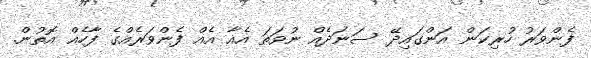
ފެންވަރު ހުރިކަން އަންގައިދޭ ސަނަދެއް ނުވަތަ އެއާ އެއް ފެންވަރެއްގެ ފާހެއް އޮތުން.